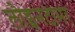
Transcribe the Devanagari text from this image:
लोइनटामर